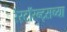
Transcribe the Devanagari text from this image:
रेस्टॉरन्ट्सच्या